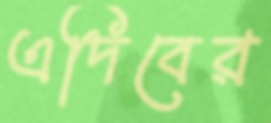
এদিবের